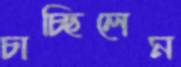
চাচ্ছিলেম